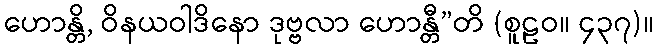
ဟောန္တိ, ဝိနယဝါဒိနော ဒုဗ္ဗလာ ဟောန္တီ”တိ (စူဠဝ။ ၄၃၇)။